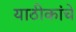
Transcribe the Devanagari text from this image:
याठीकांचे